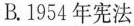
B.1954年宪法